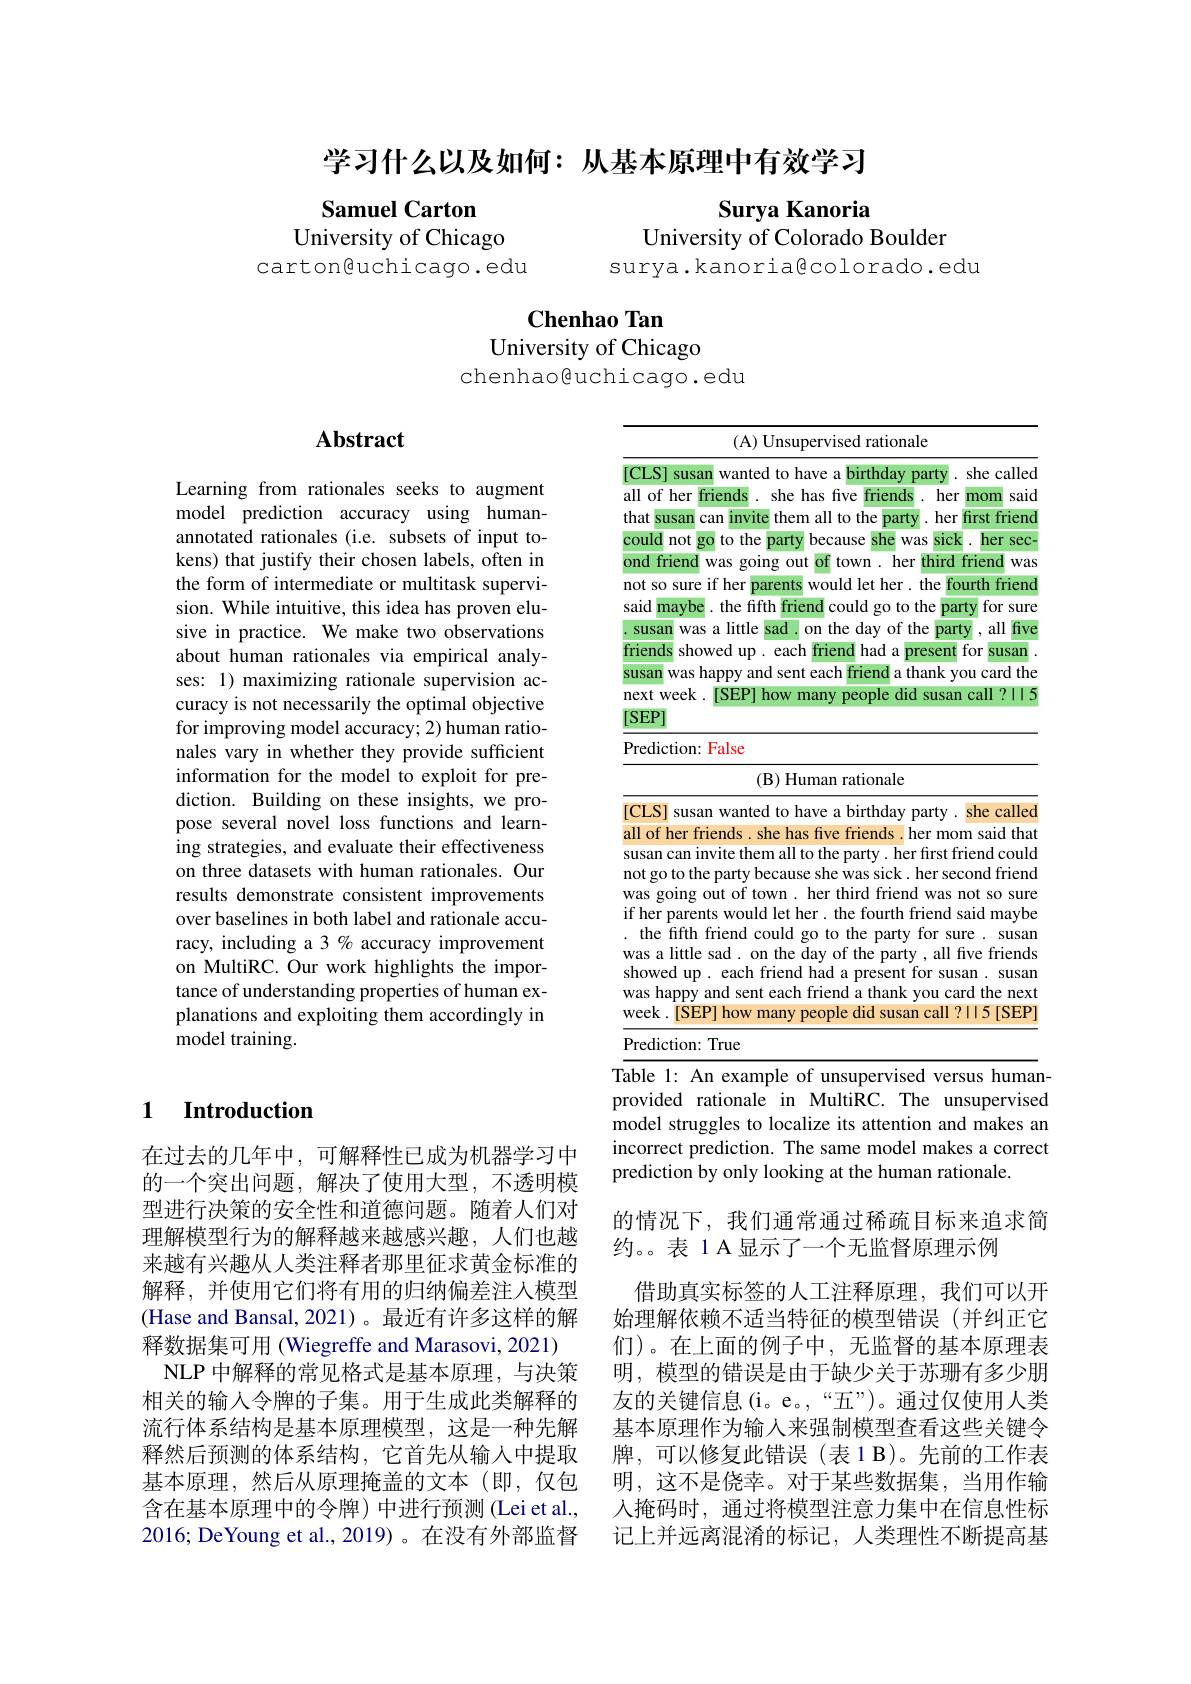
学习什么以及如何：从基本原理中有效学习

Samuel Carton
University of Chicago
carton@uchicago.edu

Surya Kanoria
University of Colorado Boulder
surya.kanoriagcolorado.edu

$\mathbf{Chenhao~Tan}$
University of Chicago
chenhao@uchicago.edu

## Abstract

<table>
	<tbody>
		<tr>
			<td> </td>
			<td>(A) Unsupervised rationale</td>
		</tr>
		<tr>
			<td> </td>
			<td>fifth friend could go to the party for sure. susan little sad. on the day of the party , all five friends ed up. each friend had a present for susan. susan appy and sent each friend a thank you card the next .[SEP] how many people did susan call ?II5[SEP]</td>
		</tr>
		<tr>
			<td> </td>
			<td>ction: True</td>
		</tr>
	</tbody>
</table>

provided rationale in MultiRC. The unsupervised

Learning from rationales seeks to augment model prediction accuracy using humanannotated rationales (i.e. subsets of input tokens) that justify their chosen labels, often in the form of intermediate or multitask supervision. While intuitive, this idea has proven elusive in practice. We make two observations about human rationales via empirical analyses: 1) maximizing rationale supervision accuracy is not necessarily the optimal objective for improving model accuracy; 2) human rationales vary in whether they provide sufficient information for the model to exploit for prediction. Building on these insights, we propose several novel loss functions and learning strategies, and evaluate their effectiveness on three datasets with human rationales. Our results demonstrate consistent improvements over baselines in both label and rationale accuracy, including a 3 % accuracy improvement on MultiRC. Our work highlights the importance of understanding properties of human explanations and exploiting them accordingly in model training.

### 1 $\textbf{Introduction}$

model struggles to localize its attention and makes an incorrect prediction. The same model makes a correct prediction by only looking at the human rationale.

的情况下，我们通常通过稀疏目标来追求简
约。。表 1 A 显示了一个无监督原理示例

在过去的几年中，可解释性已成为机器学习中的一个突出问题，解决了使用大型，不透明模型进行决策的安全性和道德问题。随着人们对理解模型行为的解释越来越感兴趣，人们也越来越有兴趣从人类注释者那里征求黄金标准的解释，并使用它们将有用的归纳偏差注人模型(Hase and Bansal, 2021)。最近有许多这样的解释数据集可用 (Wiegreffe and Marasovi, 2021)
NLP 中解释的常见格式是基本原理，与决策相关的输入令牌的子集。用于生成此类解释的流行体系结构是基本原理模型，这是一种先解释然后预测的体系结构，它首先从输入中提取基本原理，然后从原理掩盖的文本(即，仅包含在基本原理中的令牌)中进行预测(Lei et al., 2016; DeYoung et al., 2019)。在没有外部监督

借助真实标签的人工注释原理，我们可以开始理解依赖不适当特征的模型错误(并纠正它们)。在上面的例子中，无监督的基本原理表明，模型的错误是由于缺少关于苏珊有多少朋友的关键信息(i。e。,“五”)。通过仅使用人类基本原理作为输入来强制模型查看这些关键令牌，可以修复此错误(表1B)。先前的工作表明，这不是侥幸。对于某些数据集，当用作输人掩码时，通过将模型注意力集中在信息性标记上并远离混淆的标记，人类理性不断提高基